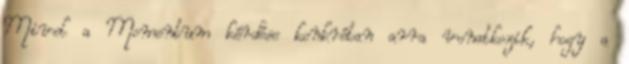
Mivel a Momentum kérdése konkrétan arra vonatkozik, hogy a